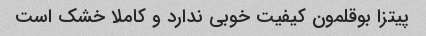
پیتزا بوقلمون کیفیت خوبی ندارد و کاملا خشک است